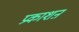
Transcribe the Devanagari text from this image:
प्रकाशऩ